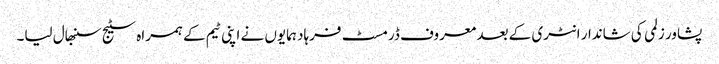
پشاور زلمی کی شاندار انٹری کے بعد معروف ڈرمسٹ فرہاد ہمایوں نے اپنی ٹیم کے ہمراہ سٹیج سنبھال لیا۔